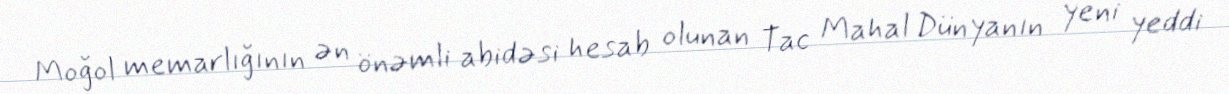
Moğol memarlığının ən önəmli abidəsi hesab olunan Tac Mahal Dünyanın yeni yeddi